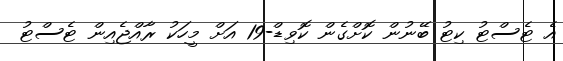
އެ ޓެސްޓު ކިޓު ބޭނުން ކޮށްގެން ކޮވިޑް-19 އަށް މީހަކު ރާއްޖެއިން ޓެސްޓު